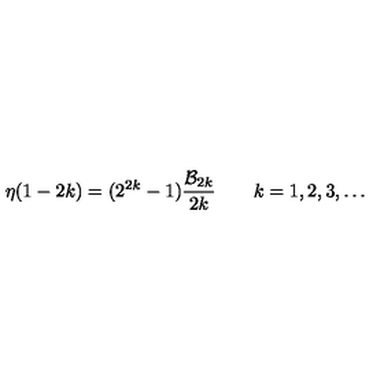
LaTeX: \eta ( 1 - 2 k ) = ( 2 ^ { 2 k } - 1 ) { \frac { { \cal B } _ { 2 k } } { 2 k } } \qquad k = 1 , 2 , 3 , \ldots